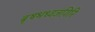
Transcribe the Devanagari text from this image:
बृषभध्वजगिरि